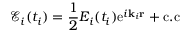
\mathcal { E } _ { i } ( t _ { i } ) = \frac { 1 } { 2 } E _ { i } ( t _ { i } ) \mathrm { e } ^ { i \mathbf { k } _ { i } \mathbf { r } } + \mathrm { c . c }